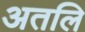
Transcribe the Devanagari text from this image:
अतलि